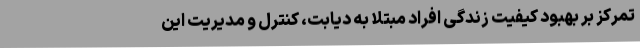
تمرکز بر بهبود کیفیت زندگی افراد مبتلا به دیابت، کنترل و مدیریت این